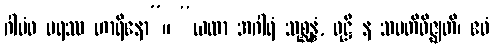
ဂါမံဝ ပရဿ ဟာရိနော”။ “ယထာ အဂါရံ သုစ္ဆန္နံ, ဝုဋ္ဌီ န သမတိဝိဇ္ဈတိ၊ ဧဝံ